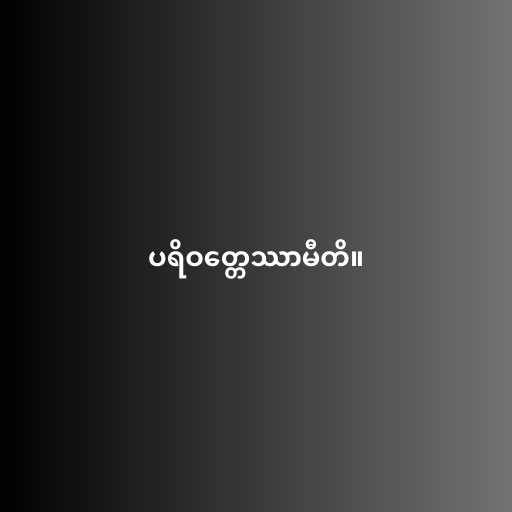
ပရိဝတ္တေဿာမီတိ။